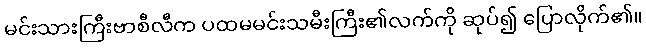
မင်းသားကြီးဗာစီလီက ပထမမင်းသမီးကြီး၏လက်ကို ဆုပ်၍ ပြောလိုက်၏။